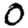
Digit: 0